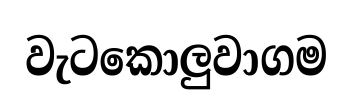
වැටකොලුවාගම